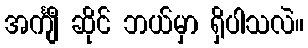
အင်္ကျီ ဆိုင် ဘယ်မှာ ရှိပါသလဲ။